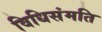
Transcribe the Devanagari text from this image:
विधिसंमति